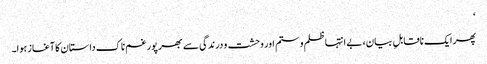
‘
پھر ایک ناقابلِ بیان، بے انتہا ظلم و ستم اور وحشت و درندگی سے بھرپور غم ناک داستان کا آغاز ہوا۔